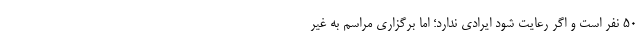
۵۰ نفر است و اگر رعایت شود ایرادی ندارد؛ اما برگزاری مراسم به غیر